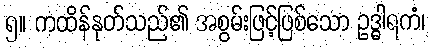
၅။ ကထိန်နုတ်သည်၏ အစွမ်းဖြင့်ဖြစ်သော ဥဒ္ဓါရကံ၊